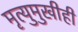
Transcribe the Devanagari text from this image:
मृत्युमुखीही